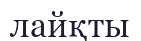
лайқты